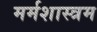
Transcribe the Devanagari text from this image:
मर्मशास्त्रम